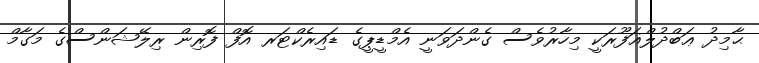
ޙާމިދު ޢަބްދުލްޣަފޫރަކީ މިހާރުވެސް ގެންދަވަނީ އެމްޑީޕީގެ ޑައިރެކްޓަރ އޮފް ފޮރިން ރިލޭޝަންސްގެ މަގާމް